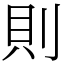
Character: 則